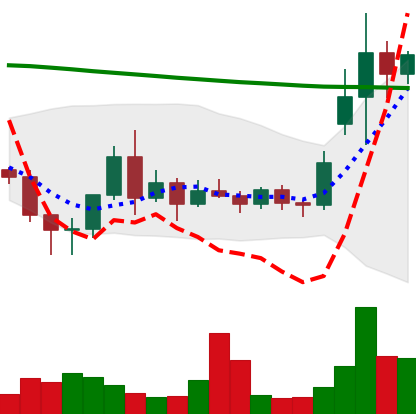
Ticker: ETC-USD
Chart end date: 2020-11-20
Forward return: 15.716%
Label: up_7plus